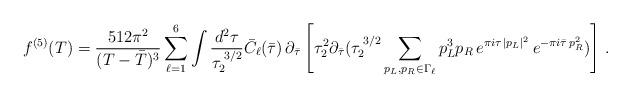
LaTeX: \begin{align*}f^{(5)}(T)= {512\pi^2 \over (T-{\bar T})^3} \sum_{\ell=1}^6\int\frac{d^2\tau}{\tau_{2}^{\; 3/2}}\bar{C}_{\ell}(\bar{\tau})\,\partial_{\bar{\tau}}\left[ \tau_2^2 \partial_{\bar{\tau}} (\tau_{2}^{\; 3/2}\sum_{p_L,p_R\in \Gamma_{\ell}}p_L^3{p}_{R}\, e^{\pi i\tau\, |p_{L}|^2}\,e^{-\pi i \bar{\tau}\, p_{R}^2})\right]\, .\end{align*}